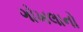
ગોખલાનો